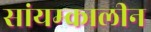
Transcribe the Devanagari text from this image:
सांयम्कालीन